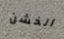
الخشن